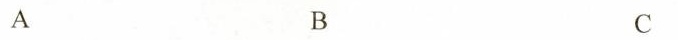
A B C